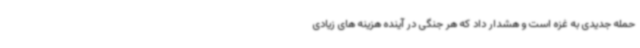
حمله جدیدی به غزه است و هشدار داد که هر جنگی در آینده هزینه های زیادی